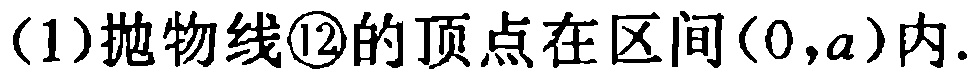
(1)抛物线\textcircled{12}的顶点在区间\((0,a)\)内.